Scientific memoirs by medical officers of the Army of India - Part X,
Year: 1897
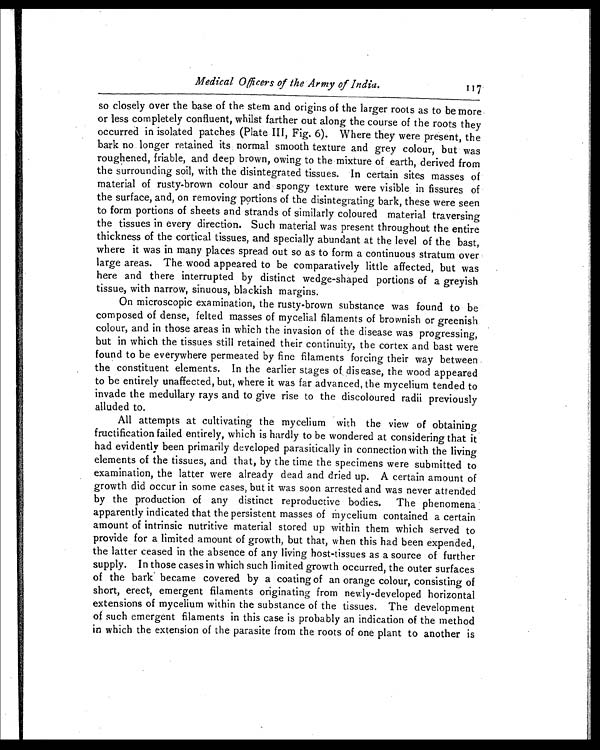
Medical Officers of the Army of India.
117
so closely over the base of the stem and origins of the larger roots as to be more
or less completely confluent, whilst farther out along the course of the roots they
occurred in isolated patches (Plate III, Fig. 6). Where they were present, the
bark no longer retained its normal smooth texture and grey colour, but was
roughened, friable, and deep brown, owing to the mixture of earth, derived from
the surrounding soil, with the disintegrated tissues. In certain sites masses of
material of rusty-brown colour and spongy texture were visible in fissures of
the surface, and, on removing portions of the disintegrating bark, these were seen
to form portions of sheets and strands of similarly coloured material traversing
the tissues in every direction. Such material was present throughout the entire
thickness of the cortical tissues, and specially abundant at the level of the bast,
where it was in many places spread out so as to form a continuous stratum over
large areas. The wood appeared to be comparatively little affected, but was
here and there interrupted by distinct wedge-shaped portions of a greyish
tissue, with narrow, sinuous, blackish margins.
On microscopic examination, the rusty-brown substance was found to be
composed of dense, felted masses of mycelial filaments of brownish or greenish
colour, and in those areas in which the invasion of the disease was progressing,
but in which the tissues still retained their continuity, the cortex and bast were
found to be everywhere permeated by fine filaments forcing their way between
the constituent elements. In the earlier stages of dis ease, the wood appeared
to be entirely unaffected, but, where it was far advanced, the mycelium tended to
invade the medullary rays and to give rise to the discoloured radii previously
alluded to.
All attempts at cultivating the mycelium with the view of obtaining
fructification failed entirely, which is hardly to be wondered at considering that it
had evidently been primarily developed parasitically in connection with the living
elements of the tissues, and that, by the time the specimens were submitted to
examination, the latter were already dead and dried up. A certain amount of
growth did occur in some cases, but it was soon arrested and was never attended
by the production of any distinct reproductive bodies. The phenomena
apparently indicated that the persistent masses of mycelium contained a certain
amount of intrinsic nutritive material stored up within them which served to
provide for a limited amount of growth, but that, when this had been expended,
the latter ceased in the absence of any living host-tissues as a source of further
supply. In those cases in which such limited growth occurred, the outer surfaces
of the bark became covered by a coating of an orange colour, consisting of
short, erect, emergent filaments originating from newly-developed horizontal
extensions of mycelium within the substance of the tissues. The development
of such emergent filaments in this case is probably an indication of the method
in which the extension of the parasite from the roots of one plant to another is